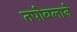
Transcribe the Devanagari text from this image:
तपोबलाने